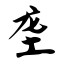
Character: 垄